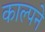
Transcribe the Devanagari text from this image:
काल्पने